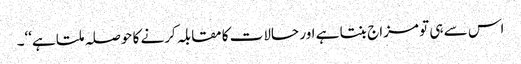
اس سے ہی تو مزاج بنتا ہے اور حالات کا مقابلہ کرنے کا حوصلہ ملتا ہے‘‘۔